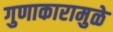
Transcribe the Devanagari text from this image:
गुणाकारामुळे